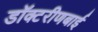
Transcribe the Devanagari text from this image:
डॉक्टरीणबाई